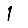
Digit: 1